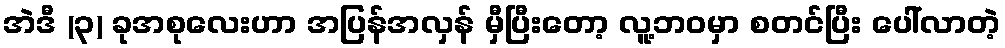
အဲဒီ (၃) ခုအစုလေးဟာ အပြန်အလှန် မှီပြီးတော့ လူ့ဘဝမှာ စတင်ပြီး ပေါ်လာတဲ့